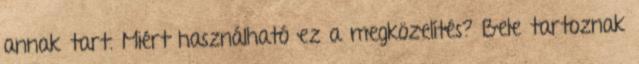
annak tart. Miért használható ez a megközelítés? Bele tartoznak